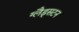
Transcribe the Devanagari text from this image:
ग्लैड्सटन